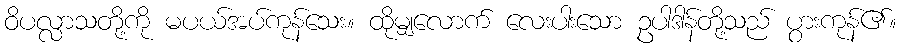
ဝိပလ္လာသတို့ကို မပယ်အပ်ကုန်သေး။ ထိုမျှလောက် လေးပါးသော ဥပါဒါန်တို့သည် ပွားကုန်၏။